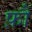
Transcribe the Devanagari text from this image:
फ़ौं